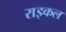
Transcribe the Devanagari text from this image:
राइकल